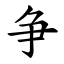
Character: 争